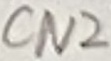
Text: CN2